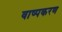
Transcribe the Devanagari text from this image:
वाष्पकरण